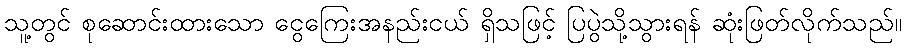
သူ့တွင် စုဆောင်းထားသော ငွေကြေးအနည်းငယ် ရှိသဖြင့် ပြပွဲသို့သွားရန် ဆုံးဖြတ်လိုက်သည်။